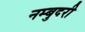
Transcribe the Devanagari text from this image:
नम्बुदरी